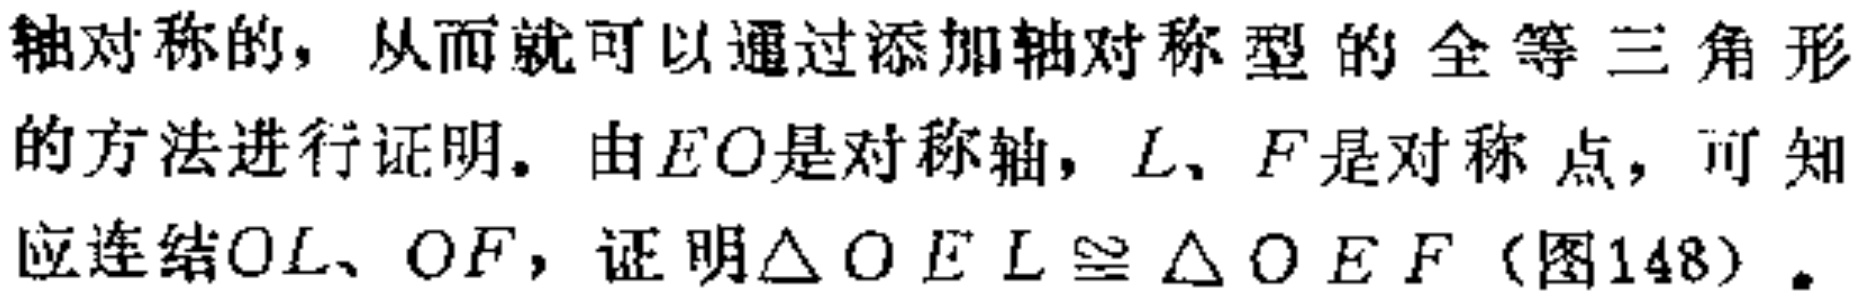
轴对称的，从而就可以通过添加轴对称型的全等三角形的方法进行证明。由$EO$是对称轴，$L$、$F$是对称点，可知应连结$OL$、$OF$，证明$\triangle OEL\cong\triangle OEF$（图148）.